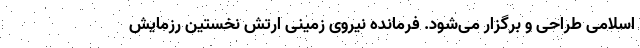
اسلامی طراحی و برگزار می‌شود. فرمانده نیروی زمینی ارتش نخستین رزمایش